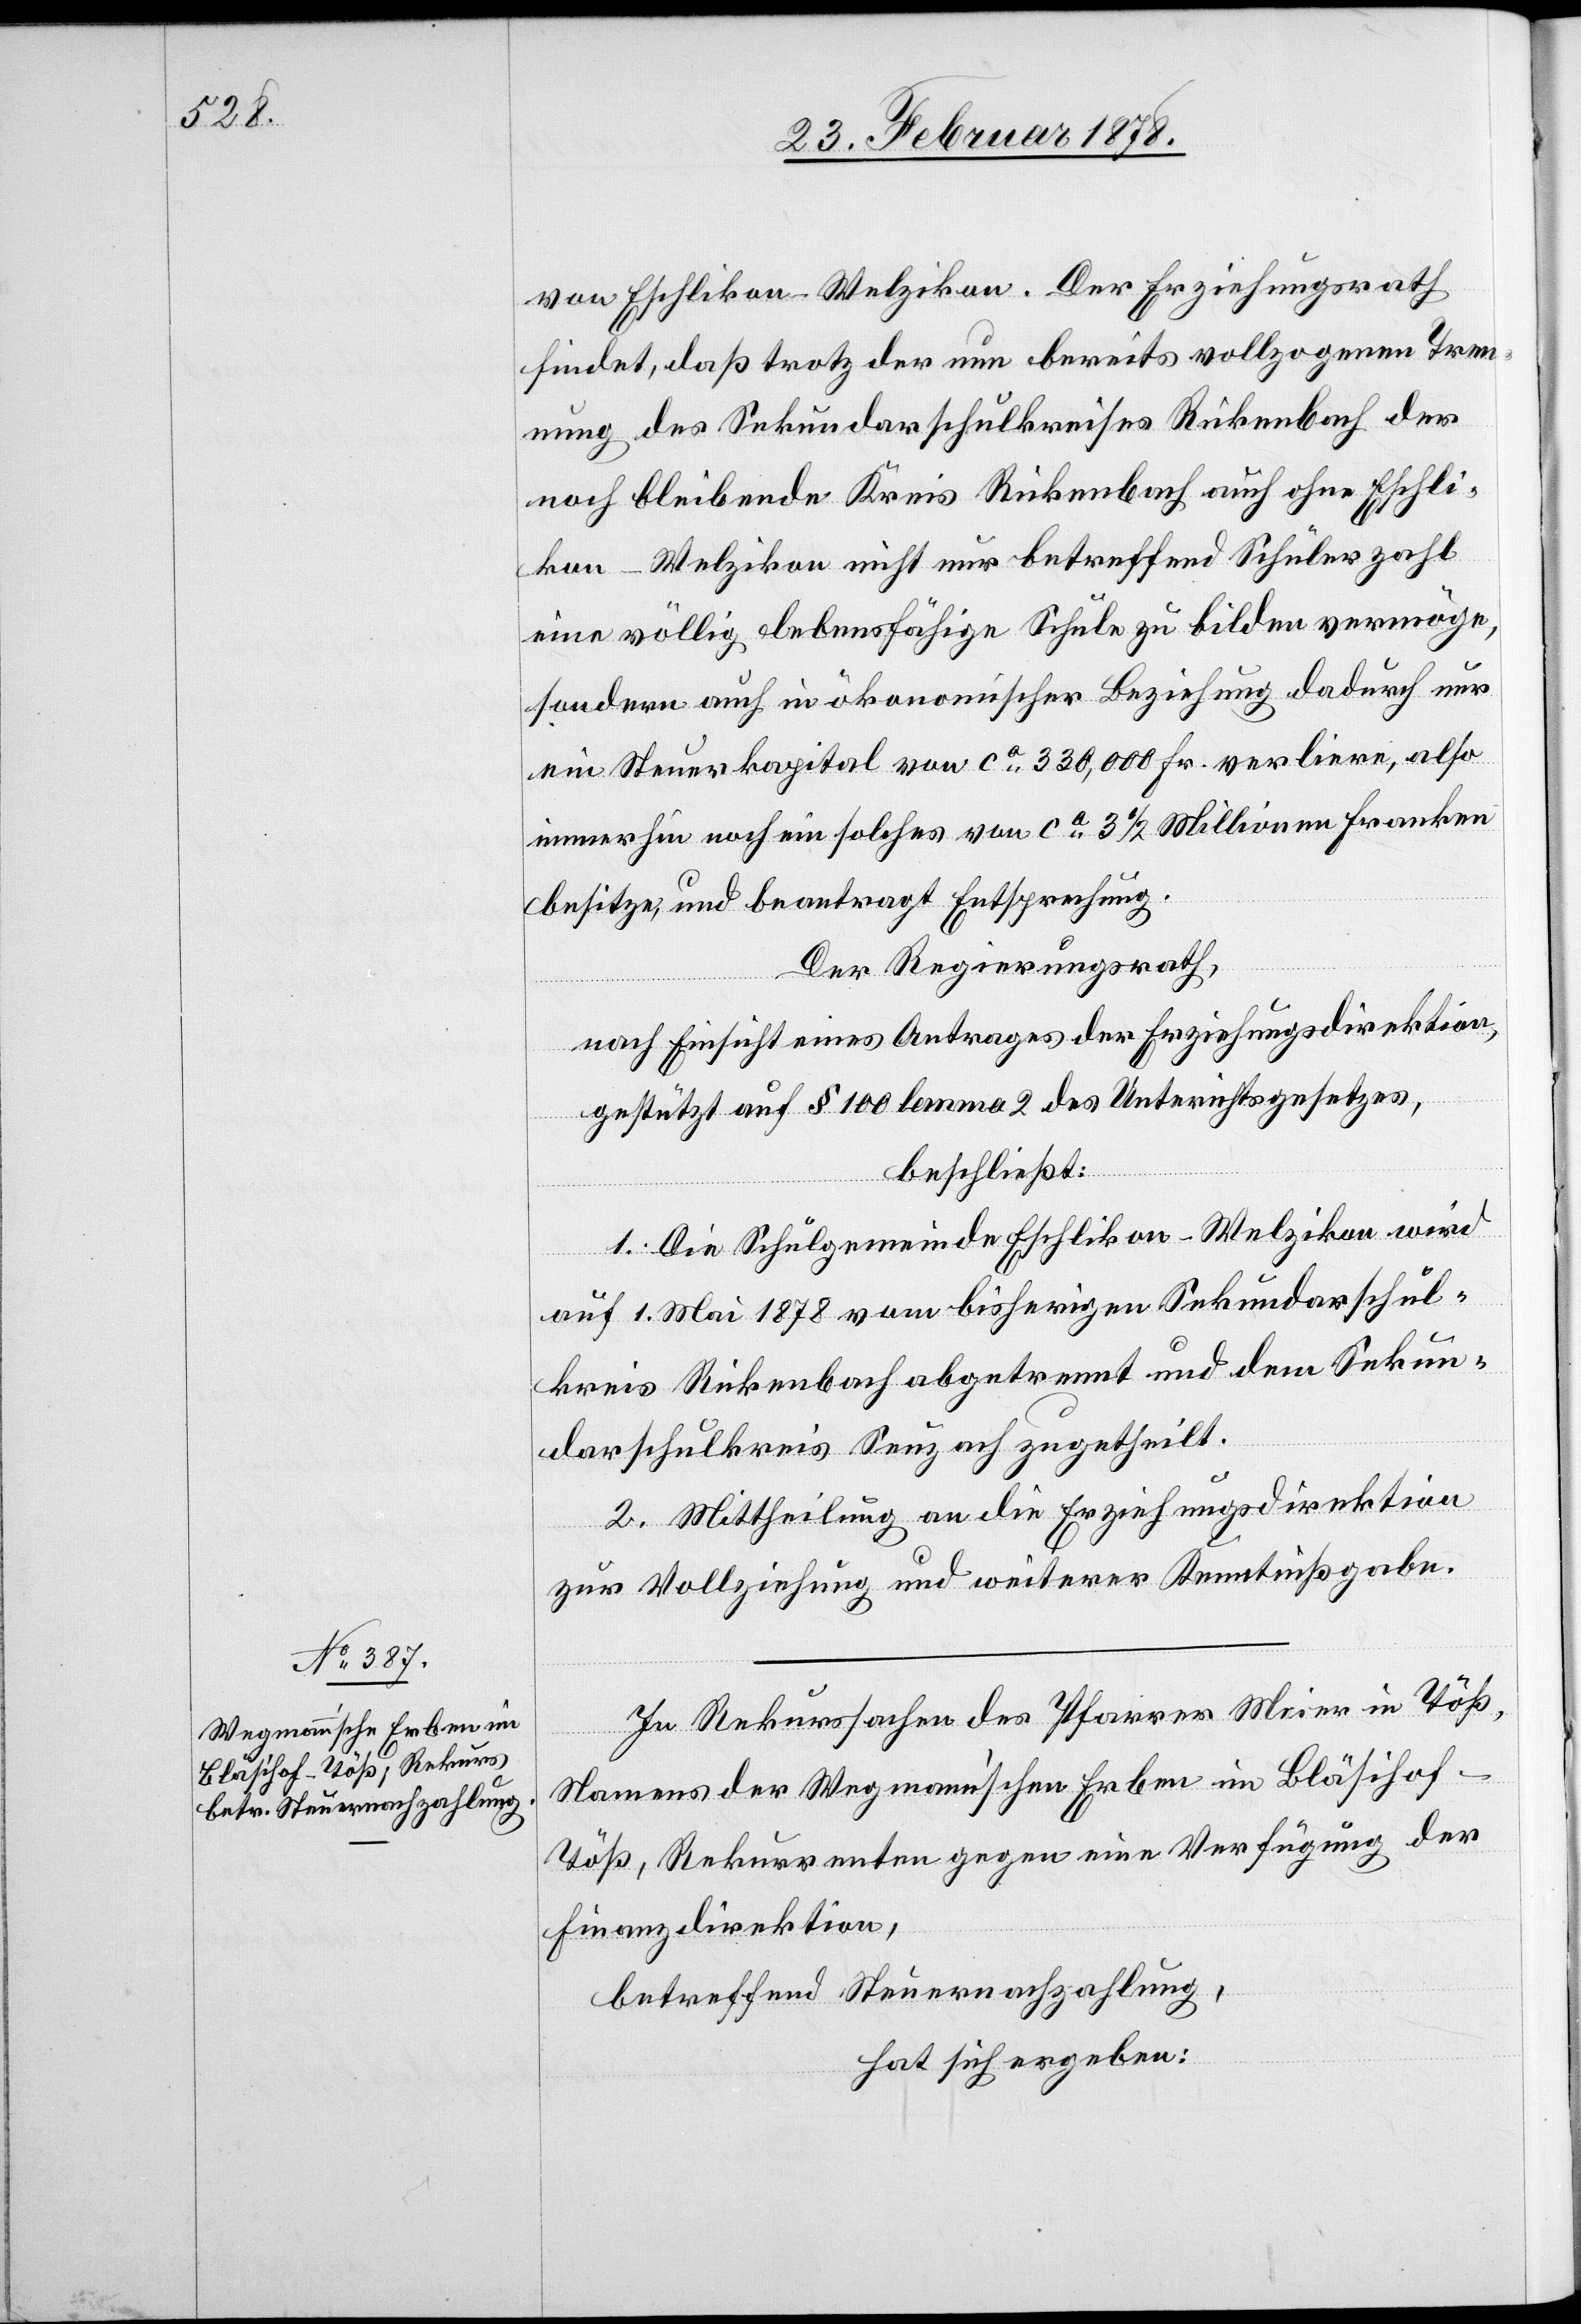
von Eschlikon - Welzikon. Der Erziehungsrath
findet, daß trotz der nun bereits vollzogenen Tren¬
nung des Sekundarschulkreises Rickenbach der
noch bleibende Kreis Rickenbach auch ohne Eschli¬
kon - Welzikon nicht nur betreffend Schülerzahl
eine völlig lebensfähige Schule zu bilden vermöge,
sondern auch in ökonomischer Beziehung dadurch nur
ein Steuerkapital von ca 330,000 Fr. verliere, also
immerhin noch ein solches von ca 3 1/2 Millionen Franken
besitze, und beantragt Entsprechung.
Der Regierungsrath,
nach Einsicht eines Antrages der Erziehungsdirektion,
gestützt auf § 100 lemma 2 des Unterrichtsgesetzes,
beschließt:
1. Die Schulgemeinde Eschlikon-Welzikon wird
auf 1. Mai 1878 vom bisherigen Sekundarschul¬
kreis Rickenbach abgetrennt und dem Sekun¬
darschulkreis Seuzach zugetheilt.
2. Mittheilung an die Erziehungsdirektion
zur Vollziehung und weiterer Kenntnißgabe.
In Rekurssachen des Pfarrer Meier in Töß,
Namens der Wegmann’schen Erben im Bläsihof
Töß, Rekurrenten gegen eine Verfügung der
Finanzdirektion,
betreffend Steuernachzahlung,
hat sich ergeben: